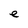
Character: e